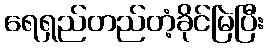
ရေရှည်တည်တံ့ခိုင်မြဲပြီး